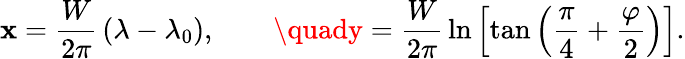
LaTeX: \mathbf{x}={\frac{{W}}{{2\pi}}}\left(\lambda-\lambda_{0}\right),\qquad\quady={\frac{{W}}{{2\pi}}}\ln\left[\tan\left({\frac{{\pi}}{{4}}}+{\frac{{\varphi}}{{2}}}\right)\right].